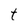
Character: t